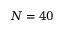
N = 4 0